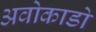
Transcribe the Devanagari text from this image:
अवोकाडो